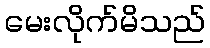
မေးလိုက်မိသည်